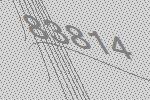
83814